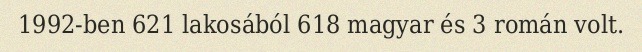
1992-ben 621 lakosából 618 magyar és 3 román volt.